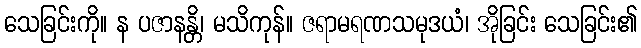
သေခြင်းကို။ န ပဇာနန္တိ၊ မသိကုန်။ ဇရာမရဏသမုဒယံ၊ အိုခြင်း သေခြင်း၏